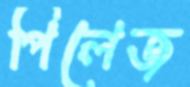
পিলেজ